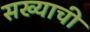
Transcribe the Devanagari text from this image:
सख्याची